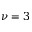
\nu = 3